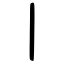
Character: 丨